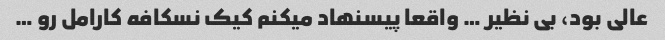
عالی بود، بی نظیر … واقعا پیسنهاد میکنم کیک نسکافه کارامل رو …